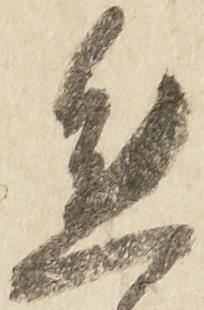
態